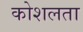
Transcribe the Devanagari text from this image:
कोशलता